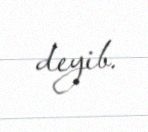
deyib.